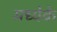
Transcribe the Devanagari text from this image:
मध्येके